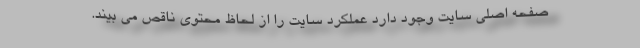
صفحه اصلي سايت وجود دارد عملكرد سايت را از لحاظ محتوي ناقص مي بيند.